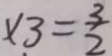
\times 3 = \frac { 3 } { 2 }